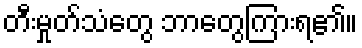
တီးမှုတ်သံတွေ ဘာတွေကြားရ၏။